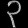
Digit: ၃